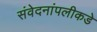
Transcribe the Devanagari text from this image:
संवेदनांपलीकडे